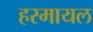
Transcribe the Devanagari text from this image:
हरमायल